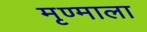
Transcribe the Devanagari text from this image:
मृण्माला